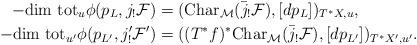
LaTeX: \begin{align*}-{\rm dim\ tot}_u\phi(p_L,j_!{\cal F})&=({\rm Char}_{\cal M}(\bar j_!{\cal F}),[dp_L])_{T^*X,u},\\-{\rm dim\ tot}_{u'}\phi(p_{L'},j'_!{\cal F}')&=((T^*f)^*{\rm Char}_{\cal M}(\bar j_!{\cal F}),[dp_{L'}])_{T^*X',u'}.\end{align*}